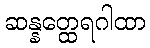
ဆန္နတ္ထေရဂါထာ